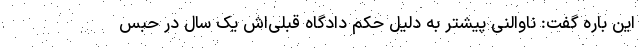
این باره گفت: ناوالنی پیشتر به دلیل حکم دادگاه قبلی‌اش یک سال در حبس